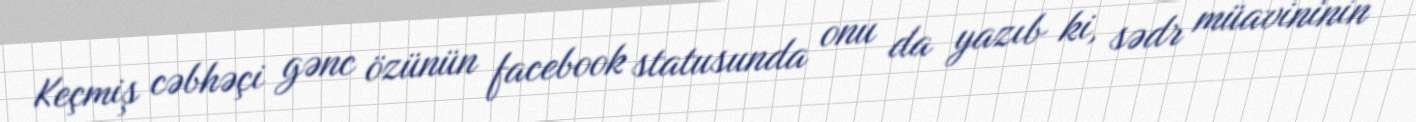
Keçmiş cəbhəçi gənc özünün facebook statusunda onu da yazıb ki, sədr müavininin